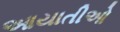
આયાતીઓ